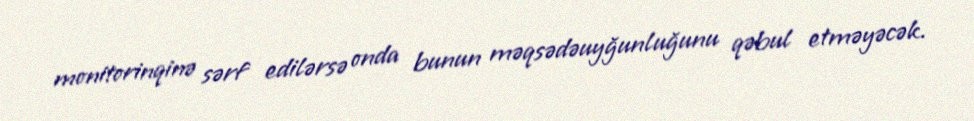
monitorinqinə sərf edilərsə onda bunun məqsədəuyğunluğunu qəbul etməyəcək.